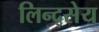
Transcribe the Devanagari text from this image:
लिन्द्सेय